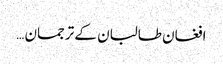
افغان طالبان کے ترجمان …